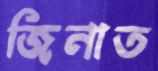
জিনাত